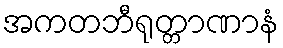
အကတဘီရုတ္တာဏာနံ